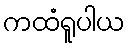
ကထံရူပါယ